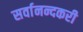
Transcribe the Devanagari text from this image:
सर्वानन्दकरी